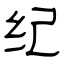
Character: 纪